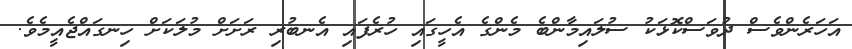
އަހަރެންވެސް ދުވަސްކޮޅަކު ސުލައިމާންބެ މެންގެ އެހީގައި ހުރެފައި އެނބުރި ރަށަށް މުލަކަށް ހިނގައްޖެއީމެވެ.